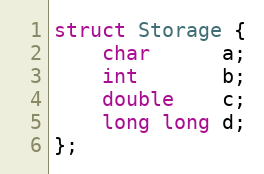
Language: C++
struct Storage {
    char      a;
    int       b;
    double    c;
    long long d;
};